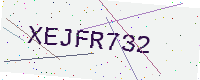
Text: XEJFR732